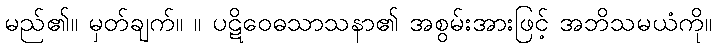
မည်၏။ မှတ်ချက်။ ။ ပဋိဝေဓသာသနာ၏ အစွမ်းအားဖြင့် အဘိသမယံကို။